Annual report on the Civil Veterinary Department, Burma (including the Insein Veterinary School) - 1932-1941
Year: 1932
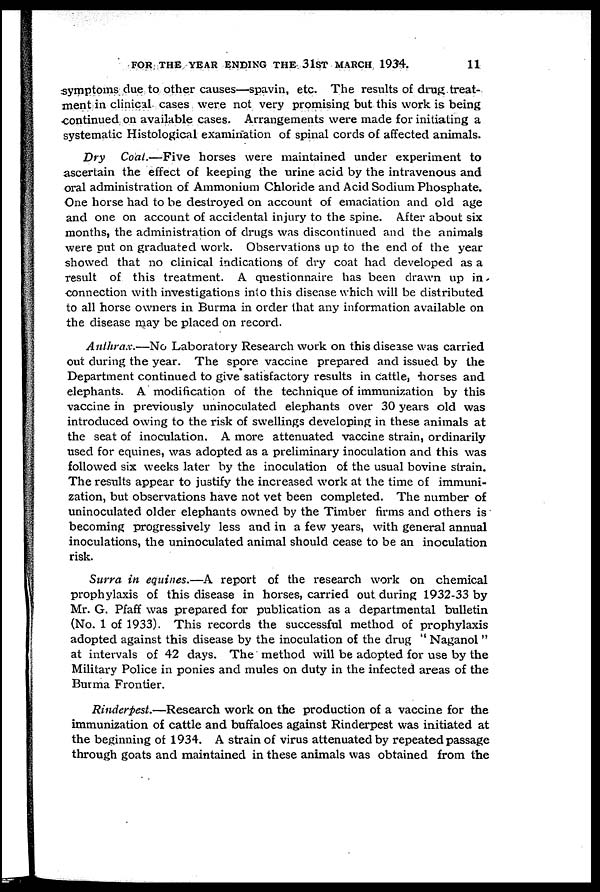
FOR THE YEAR ENDING THE 31ST MARCH 1934.
11
symptoms clue to other causes—spavin, etc. The results of drug treat-
ment in clinical cases were not very promising but this work is being
continued on available cases. Arrangements were made for initiating a
systematic Histological examination of spinal cords of affected animals.
Dry Coal.—Five horses were maintained under experiment to
ascertain the effect of keeping the urine acid by the intravenous and
oral administration of Ammonium Chloride and Acid Sodium Phosphate.
One horse had to be destroyed on account of emaciation and old age
and one on account of accidental injury to the spine. After about six
months, the administration of drugs was discontinued and the animals
were put on graduated work. Observations up to the end of the year
showed that no clinical indications of dry coat had developed as a
result of this treatment. A questionnaire has been drawn up in
connection with investigations into this disease which will be distributed
to all horse owners in Burma in order that any information available on
the disease may be placed on record.
Anthrax.—No Laboratory Research work on this disease was carried
out during the year. The spore vaccine prepared and issued by the
Department continued to give satisfactory results in cattle, horses and
elephants. A modification of the technique of immunization by this
vaccine in previously uninoculated elephants over 30 years old was
introduced owing to the risk of swellings developing in these animals at
the seat of inoculation. A more attenuated vaccine strain, ordinarily
used for equines, was adopted as a preliminary inoculation and this was
followed six weeks later by the inoculation of the usual bovine strain.
The results appear to justify the increased work at the time of immuni-
zation, but observations have not vet been completed. The number of
uninoculated older elephants owned by the Timber firms and others is
becoming progressively less and in a few years, with general annual
inoculations, the uninoculated animal should cease to be an inoculation
risk.
Surra in equines.—A report of the research work on chemical
prophylaxis of this disease in horses, carried out during 1932-33 by
Mr. G. Pfaff was prepared for publication as a departmental bulletin
(No. 1 of 1933). This records the successful method of prophylaxis
adopted against this disease by the inoculation of the drug " Naganol "
at intervals of 42 days. The method will be adopted for use by the
Military Police in ponies and mules on duty in the infected areas of the
Burma Frontier.
Rinderpest.—Research work on the production of a vaccine for the
immunization of cattle and buffaloes against Rinderpest was initiated at
the beginning of 1934. A strain of virus attenuated by repeated passage
through goats and maintained in these animals was obtained from the